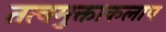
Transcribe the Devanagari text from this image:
तत्वमुक्ताकलाप